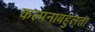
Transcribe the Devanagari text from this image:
कल्पनाबहुलता